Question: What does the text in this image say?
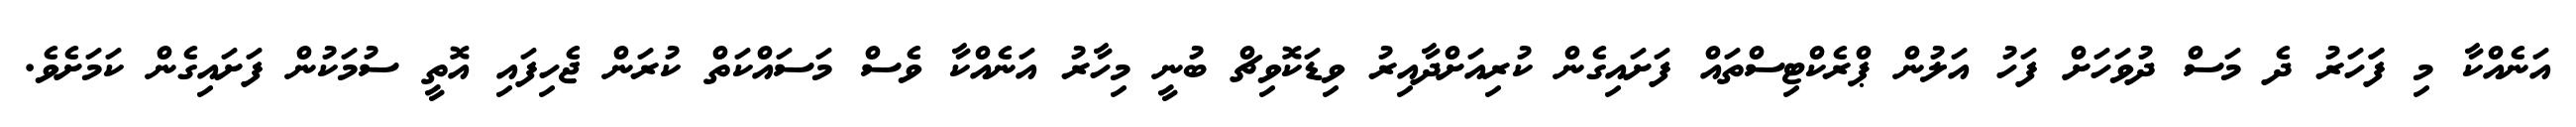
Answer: އަނެއްކާ މި ފަަހަރު ދެ މަސް ދުވަހަށް ފަހު އަލުން ޕްރެކްޓިސްތައް ފަށައިގެން ކުރިއަށްދާއިރު ވިޑަކޮވިޗް ބުނީ މިހާރު އަނެއްކާ ވެސް މަސައްކަތް ކުރަން ޖެހިފައި އޮތީ ސުމަކުން ފަށައިގެން ކަމަށެވެ.